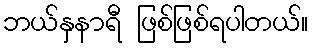
ဘယ်နှနာရီ ဖြစ်ဖြစ်ရပါတယ်။